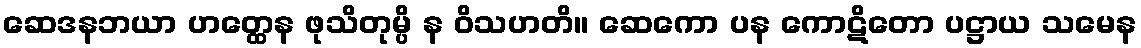
ဆေဒနဘယာ ဟတ္ထေန ဖုသိတုမ္ပိ န ဝိသဟတိ။ ဆေကော ပန ကောဋိတော ပဋ္ဌာယ သမေန